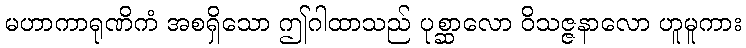
မဟာကာရုဏိကံ အစရှိသော ဤဂါထာသည် ပုစ္ဆာလော ဝိသဇ္ဇနာလော ဟူမူကား